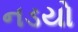
નડયો